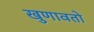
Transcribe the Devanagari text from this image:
खुणावतो